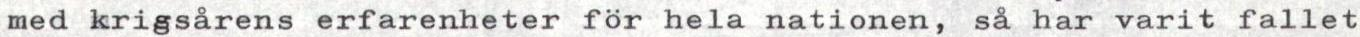
med krigsårens erfarenheter för hela nationen, så har varit fallet